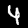
Digit: 4